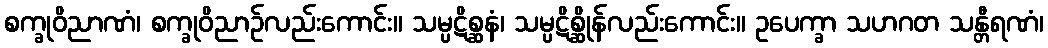
စက္ခုဝိညာဏံ၊ စက္ခုဝိညာဉ်လည်းကောင်း။ သမ္ပဋိစ္ဆနံ၊ သမ္ပဋိစ္ဆိုန်လည်းကောင်း။ ဥပေက္ခာ သဟဂတ သန္တီရဏံ၊